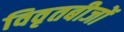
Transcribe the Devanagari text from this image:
विवृतबीजों